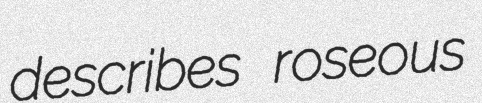
describes roseous